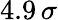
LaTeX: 4.9\, \sigma